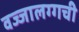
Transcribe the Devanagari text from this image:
वज्‍जालग्गची